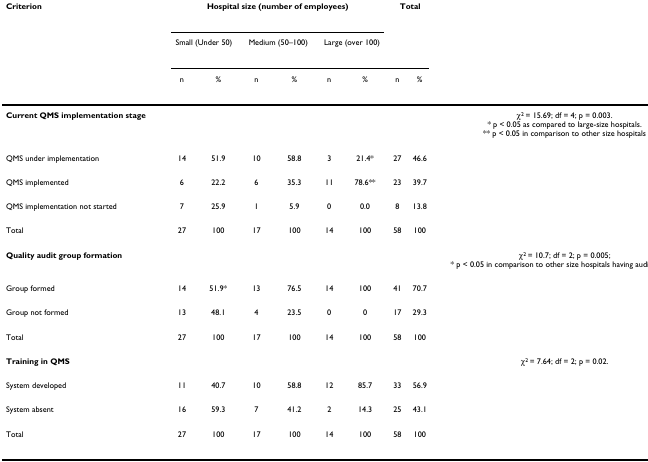
<table><thead><tr><td><b>Criterion</b></td><td colspan="6"><b>Hospital size (number of employees)</b></td><td colspan="2"><b>Total</b></td><td></td></tr><tr><td></td><td colspan="2"><b>Small (Under 50)</b></td><td colspan="2"><b>Medium (50–100)</b></td><td colspan="2"><b>Large (over 100)</b></td><td></td><td></td><td></td></tr><tr><td></td><td><b>n</b></td><td><b>%</b></td><td><b>n</b></td><td><b>%</b></td><td><b>n</b></td><td><b>%</b></td><td><b>n</b></td><td><b>%</b></td><td></td></tr></thead><tbody><tr><td><b>Current QMS implementation stage</b></td><td></td><td></td><td></td><td></td><td></td><td></td><td></td><td></td><td>χ<sup>2 </sup>= 15.69; df = 4; p = 0.003.* p &lt; 0.05 as compared to large-size hospitals.** p &lt; 0.05 in comparison to other size hospitals</td></tr><tr><td>QMS under implementation</td><td>14</td><td>51.9</td><td>10</td><td>58.8</td><td>3</td><td>21.4*</td><td>27</td><td>46.6</td><td></td></tr><tr><td>QMS implemented</td><td>6</td><td>22.2</td><td>6</td><td>35.3</td><td>11</td><td>78.6**</td><td>23</td><td>39.7</td><td></td></tr><tr><td>QMS implementation not started</td><td>7</td><td>25.9</td><td>1</td><td>5.9</td><td>0</td><td>0.0</td><td>8</td><td>13.8</td><td></td></tr><tr><td>Total</td><td>27</td><td>100</td><td>17</td><td>100</td><td>14</td><td>100</td><td>58</td><td>100</td><td></td></tr><tr><td><b>Quality audit group formation</b></td><td></td><td></td><td></td><td></td><td></td><td></td><td></td><td></td><td>χ<sup>2 </sup>= 10.7; df = 2; p = 0.005;* p &lt; 0.05 in comparison to other size hospitals having audit groups.</td></tr><tr><td>Group formed</td><td>14</td><td>51.9*</td><td>13</td><td>76.5</td><td>14</td><td>100</td><td>41</td><td>70.7</td><td></td></tr><tr><td>Group not formed</td><td>13</td><td>48.1</td><td>4</td><td>23.5</td><td>0</td><td>0</td><td>17</td><td>29.3</td><td></td></tr><tr><td>Total</td><td>27</td><td>100</td><td>17</td><td>100</td><td>14</td><td>100</td><td>58</td><td>100</td><td></td></tr><tr><td><b>Training in QMS</b></td><td></td><td></td><td></td><td></td><td></td><td></td><td></td><td></td><td>χ<sup>2 </sup>= 7.64; df = 2; p = 0.02.</td></tr><tr><td>System developed</td><td>11</td><td>40.7</td><td>10</td><td>58.8</td><td>12</td><td>85.7</td><td>33</td><td>56.9</td><td></td></tr><tr><td>System absent</td><td>16</td><td>59.3</td><td>7</td><td>41.2</td><td>2</td><td>14.3</td><td>25</td><td>43.1</td><td></td></tr><tr><td>Total</td><td>27</td><td>100</td><td>17</td><td>100</td><td>14</td><td>100</td><td>58</td><td>100</td><td></td></tr></tbody></table>